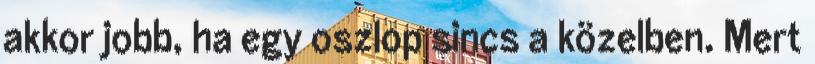
akkor jobb, ha egy oszlop sincs a közelben. Mert